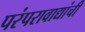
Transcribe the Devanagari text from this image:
परंपरावाद्यांची